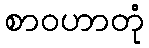
စာဝဟာတုံ